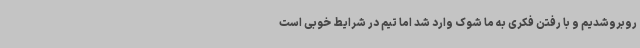
روبروشدیم و با رفتن فکری به ما شوک وارد شد اما تیم در شرایط خوبی است